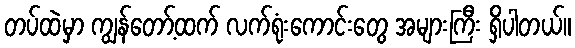
တပ်ထဲမှာ ကျွန်တော့်ထက် လက်ရုံးကောင်းတွေ အများကြီး ရှိပါတယ်။